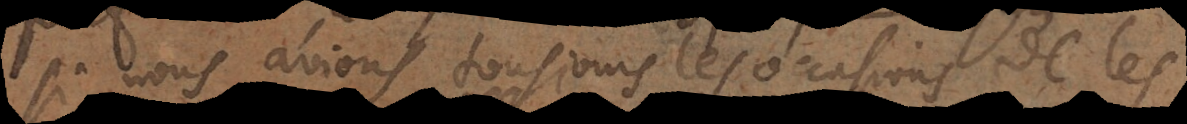
si nous avions tousjours les occasions de les